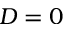
D = 0